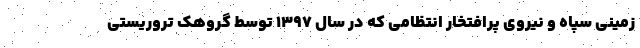
زمینی سپاه و نیروی پرافتخار انتظامی که در سال ۱۳۹۷ توسط گروهک تروریستی